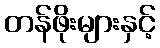
တန်ဖိုးများနှင့်